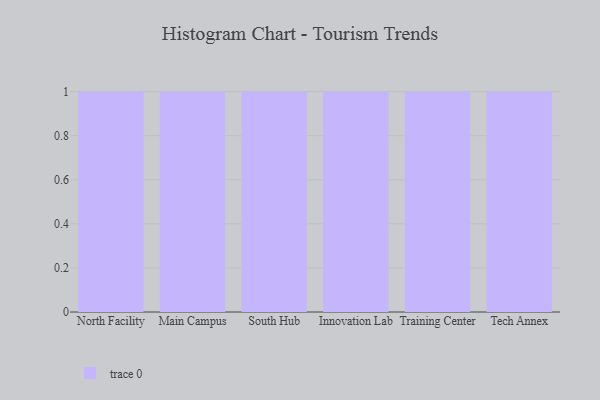
{"axis": {"x": "Campus", "y": "Satisfaction Score"}, "legend": [""], "data": [{"x": "North Facility", "y": 28, "type": ""}, {"x": "Main Campus", "y": 26, "type": ""}, {"x": "South Hub", "y": 97, "type": ""}, {"x": "Innovation Lab", "y": 29, "type": ""}, {"x": "Training Center", "y": 4, "type": ""}, {"x": "Tech Annex", "y": 44, "type": ""}]}